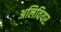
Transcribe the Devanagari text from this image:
अलिवियर